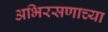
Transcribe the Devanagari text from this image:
अभिरसणाच्या